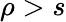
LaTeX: \rho>s